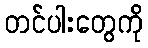
တင်ပါးတွေကို